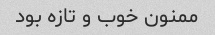
ممنون خوب و تازه بود